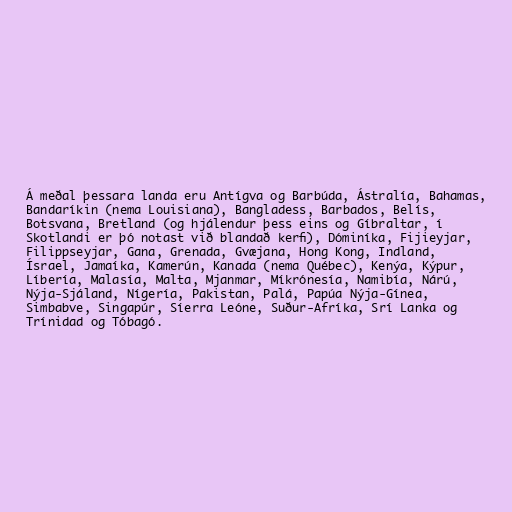
Á meðal þessara landa eru Antígva og Barbúda, Ástralía, Bahamas,
Bandaríkin (nema Louisiana), Bangladess, Barbados, Belís,
Botsvana, Bretland (og hjálendur þess eins og Gíbraltar, í
Skotlandi er þó notast við blandað kerfi), Dóminíka, Fijieyjar,
Filippseyjar, Gana, Grenada, Gvæjana, Hong Kong, Indland,
Ísrael, Jamaíka, Kamerún, Kanada (nema Québec), Kenýa, Kýpur,
Líbería, Malasía, Malta, Mjanmar, Míkrónesía, Namibía, Nárú,
Nýja-Sjáland, Nígería, Pakistan, Palá, Papúa Nýja-Gínea,
Simbabve, Singapúr, Síerra Leóne, Suður-Afríka, Srí Lanka og
Trínidad og Tóbagó.